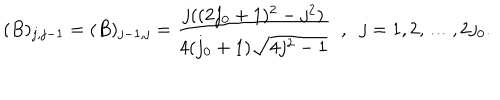
LaTeX: ( B ) _ { j , j - 1 } = ( B ) _ { j - 1 , j } = \frac { j ( ( 2 j _ { 0 } + 1 ) ^ { 2 } - j ^ { 2 } ) } { 4 ( j _ { 0 } + 1 ) \sqrt { 4 j ^ { 2 } - 1 } } \; \; , \; \; j = 1 , 2 , \ldots , 2 j _ { 0 } .